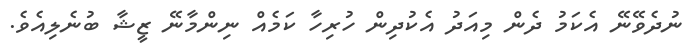
ނުދެވޭނޭ އެކަމު ދެން މިއަދު އެކުދިން ހުރިހާ ކަމެއް ނިންމާނޭ ޒީޝާ ބުނެލިއެވެ.